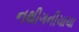
નથીગનીચાચા